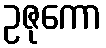
ဥဇုကော